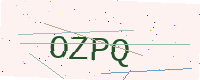
Text: OZPQ